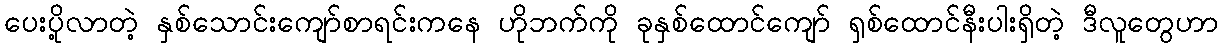
ပေးပို့လာတဲ့ နှစ်သောင်းကျော်စာရင်းကနေ ဟိုဘက်ကို ခုနှစ်ထောင်ကျော် ရှစ်ထောင်နီးပါးရှိတဲ့ ဒီလူတွေဟာ